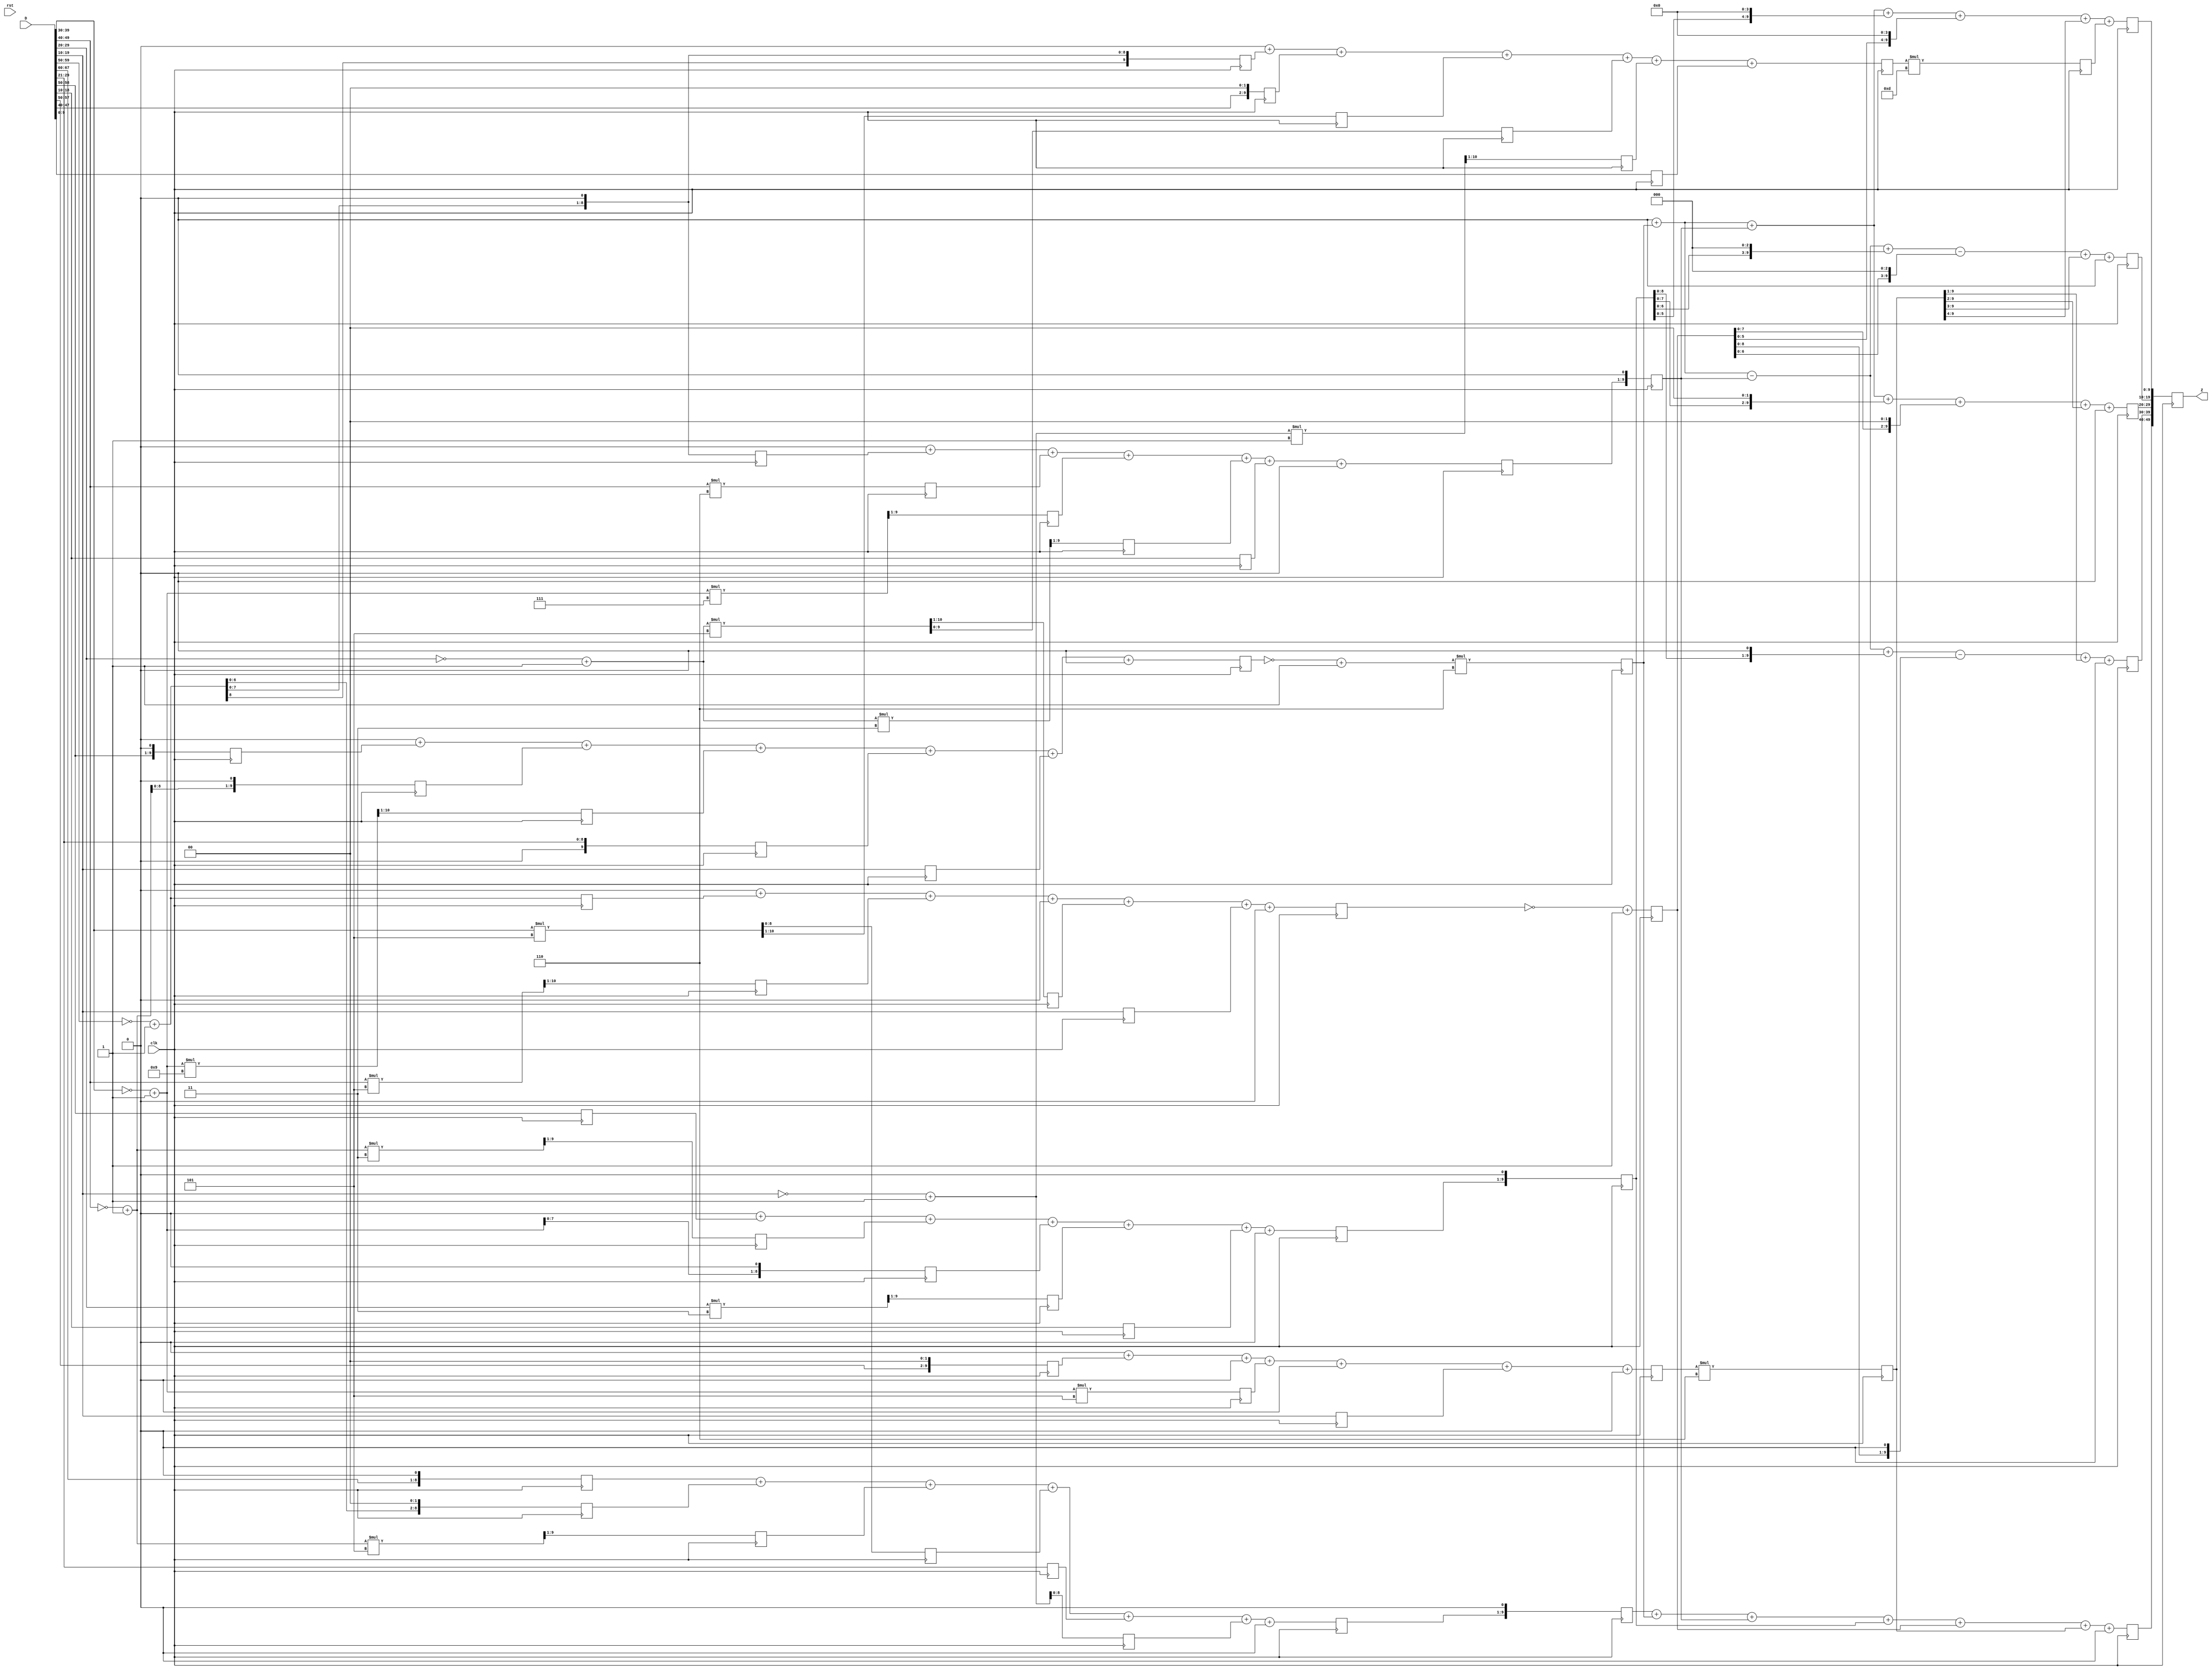
// WC_5_3.v generated by WCSyn.py
`timescale 1ns / 1ps
module wc(D, clk, rst, Z);
input  [10*7-1:0] D;
input  clk, rst;
output reg [10*5-1:0] Z;

	reg [9:0] input_t [0:6];
	reg [9:0] d [0:48];
	reg [9:0] MUL [0:6];
	reg [9:0] output_t [0:4];

	always@(posedge clk)begin

		//input_transform
		d[48] <= (D[9:0]);
		d[47] <= ((~D[19:10] + 1) * 1) >>> 1;
		d[46] <= (~D[29:20] + 1) * 5;
		d[45] <= ((D[39:30]) * 5) >>> 1;
		d[44] <= (D[49:40]) <<< 2;
		d[43] <= (~D[59:50] + 1) <<< 1;
		d[42] <= 0;
		d[41] <= 0;
		d[40] <= (D[19:10]);
		d[39] <= 0;
		d[38] <= (~D[39:30] + 1) * 5;
		d[37] <= 0;
		d[36] <= (D[59:50]) <<< 2;
		d[35] <= 0;
		d[34] <= 0;
		d[33] <= (D[19:10]);
		d[32] <= ((~D[29:20] + 1) * 5) >>> 1;
		d[31] <= 0;
		d[30] <= ((D[49:40]) * 5) >>> 1;
		d[29] <= (~D[59:50] + 1);
		d[28] <= 0;
		d[27] <= 0;
		d[26] <= (D[19:10]);
		d[25] <= ((D[29:20]) * 3) >>> 1;
		d[24] <= (~D[39:30] + 1) <<< 1;
		d[23] <= ((~D[49:40] + 1) * 3) >>> 1;
		d[22] <= (D[59:50]);
		d[21] <= 0;
		d[20] <= 0;
		d[19] <= (D[19:10]);
		d[18] <= ((~D[29:20] + 1) * 3) >>> 1;
		d[17] <= ((~D[39:30] + 1) * 7) >>> 1;
		d[16] <= (D[49:40]) * 6;
		d[15] <= (~D[59:50] + 1) <<< 1;
		d[14] <= 0;
		d[13] <= 0;
		d[12] <= (D[19:10]);
		d[11] <= (D[29:20]) >>> 1;
		d[10] <= ((~D[39:30] + 1) * 9) >>> 1;
		d[9] <= (~D[49:40] + 1) <<< 1;
		d[8] <= (D[59:50]) <<< 1;
		d[7] <= 0;
		d[6] <= 0;
		d[5] <= (~D[19:10] + 1);
		d[4] <= (D[29:20]) >>> 1;
		d[3] <= (D[39:30]) * 5;
		d[2] <= ((~D[49:40] + 1) * 5) >>> 1;
		d[1] <= (~D[59:50] + 1) <<< 2;
		d[0] <= (D[69:60]) <<< 1;

		input_t[0] <= (d[0]) +  (d[1]) +  (d[2]) +  (d[3]) +  (d[4]) +  (d[5]) + 0;
		input_t[1] <=0 +  (d[8]) +  (d[9]) +  (d[10]) +  (d[11]) +  (d[12]) + 0;
		input_t[2] <=0 +  (d[15]) +  (d[16]) +  (d[17]) +  (d[18]) +  (d[19]) + 0;
		input_t[3] <=0 +  (d[22]) +  (d[23]) +  (d[24]) +  (d[25]) +  (d[26]) + 0;
		input_t[4] <=0 +  (d[29]) +  (d[30]) + 0 +  (d[32]) +  (d[33]) + 0;
		input_t[5] <=0 +  (d[36]) + 0 +  (d[38]) + 0 +  (d[40]) + 0;
		input_t[6] <=0 +  (d[43]) +  (d[44]) +  (d[45]) +  (d[46]) +  (d[47]) +  (d[48]);

		//G*g
		MUL[0] <= (input_t[0]) <<< 1;
		MUL[1] <= (~input_t[1] + 1)*6;
		MUL[2] <= (input_t[2]) <<< 1;
		MUL[3] <= (input_t[3]) <<< 1;
		MUL[4] <= (~input_t[4] + 1);
		MUL[5] <= (input_t[5])*6;
		MUL[6] <= (input_t[6])*13;

		output_t[0] <= (MUL[0]) + (MUL[1]) + (MUL[2]) + (MUL[3]) + (MUL[4]) + (MUL[5]) + 0;
		output_t[1] <=  0 + (MUL[1]) - (MUL[2]) + (MUL[3] <<< 1) - (MUL[4] <<< 1) + (MUL[5] >>> 1) + 0;
		output_t[2] <=  0 + (MUL[1]) + (MUL[2]) + (MUL[3] <<< 2) + (MUL[4] <<< 2) + (MUL[5] >>> 2) + 0;
		output_t[3] <=  0 + (MUL[1]) - (MUL[2]) + (MUL[3] <<< 3) - (MUL[4] <<< 3) + (MUL[5] >>> 3) + 0;
		output_t[4] <=  0 + (MUL[1]) + (MUL[2]) + (MUL[3] <<< 4) + (MUL[4] <<< 4) + (MUL[5] >>> 4) +  (MUL[6]);

		Z[49:40] <= output_t[0];
		Z[39:30] <= output_t[1];
		Z[29:20] <= output_t[2];
		Z[19:10] <= output_t[3];
		Z[9:0] <= output_t[4];

	end
endmodule